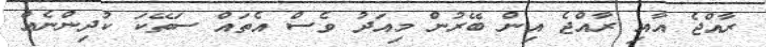
ރާއްޖެ އާއި ރާއްޖެ އިން ބޭރުން މިއަދު ވެސް އެތައް ސަތޭކަ ކުދިންނެއް